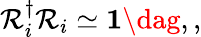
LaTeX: \mathcal{R}_{i}^{\dagger}\mathcal{R}_{i}\simeq\mathbf{1}\dag,,